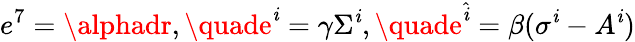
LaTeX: e^{7}=\alphadr,\quade^{\mathit{i}}=\gamma\Sigma^{\mathit{i}},\quade^{\hat{{\mathit{i}}}}=\beta(\sigma^{\mathit{i}}-A^{\mathit{i}})